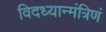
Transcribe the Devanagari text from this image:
विदध्यान्मंत्रिणं